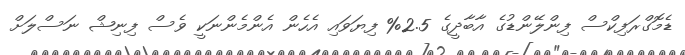
ޑެމޮގްރަފިކްސް ފިންލޭންޑުގެ އާބާދީގެ 2.5% ފިޔަވައި އެހެން އެންމެންނަކީ ވެސް ފިނިޝް ނަސްލަށް